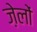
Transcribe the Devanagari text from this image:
ज़ेलों